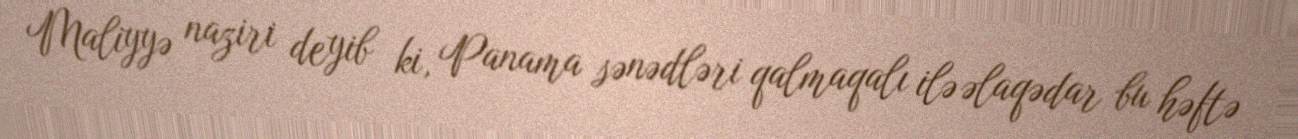
Maliyyə naziri deyib ki, Panama sənədləri qalmaqalı ilə əlaqədar bu həftə